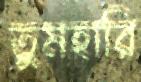
তুমহারি